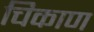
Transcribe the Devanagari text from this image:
चिकाण